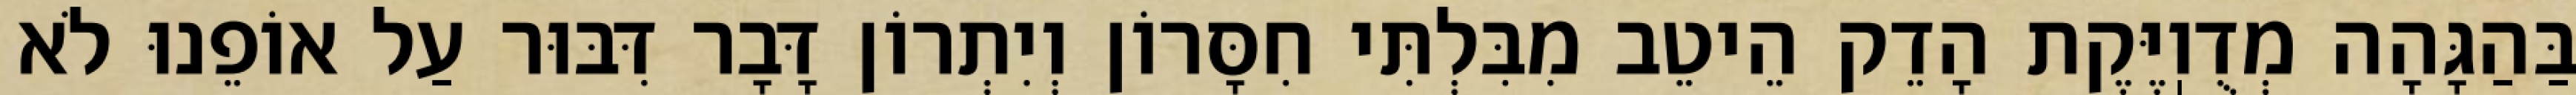
בַּהַגָּהָה מְדֻוֽיֶּקֶת הָדֵק הֵיטֵב מִבִּלְתִּי חִסָּרוֹן וְיִתְרוֹן דָּבָר דִּבּוּר עַל אוֹפֵנוּ לֹא